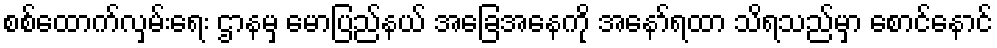
စစ်ထောက်လှမ်းရေး ဌာနမှ မောပြည်နယ် အခြေအနေကို အနော်ရထာ သိရသည်မှာ စောင်နောင်